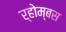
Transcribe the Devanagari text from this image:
र्होम्बस